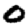
Digit: 0